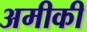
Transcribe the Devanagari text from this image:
अमीकी